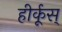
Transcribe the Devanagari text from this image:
हीर्कूस्